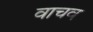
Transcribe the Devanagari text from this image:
वाचव